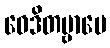
ဝေဒိတဗ္ဗာပေ